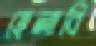
হেলাবি